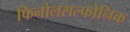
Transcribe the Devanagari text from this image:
फिनोलसल्फोनिक